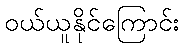
ဝယ်ယူနိုင်ကြောင်း